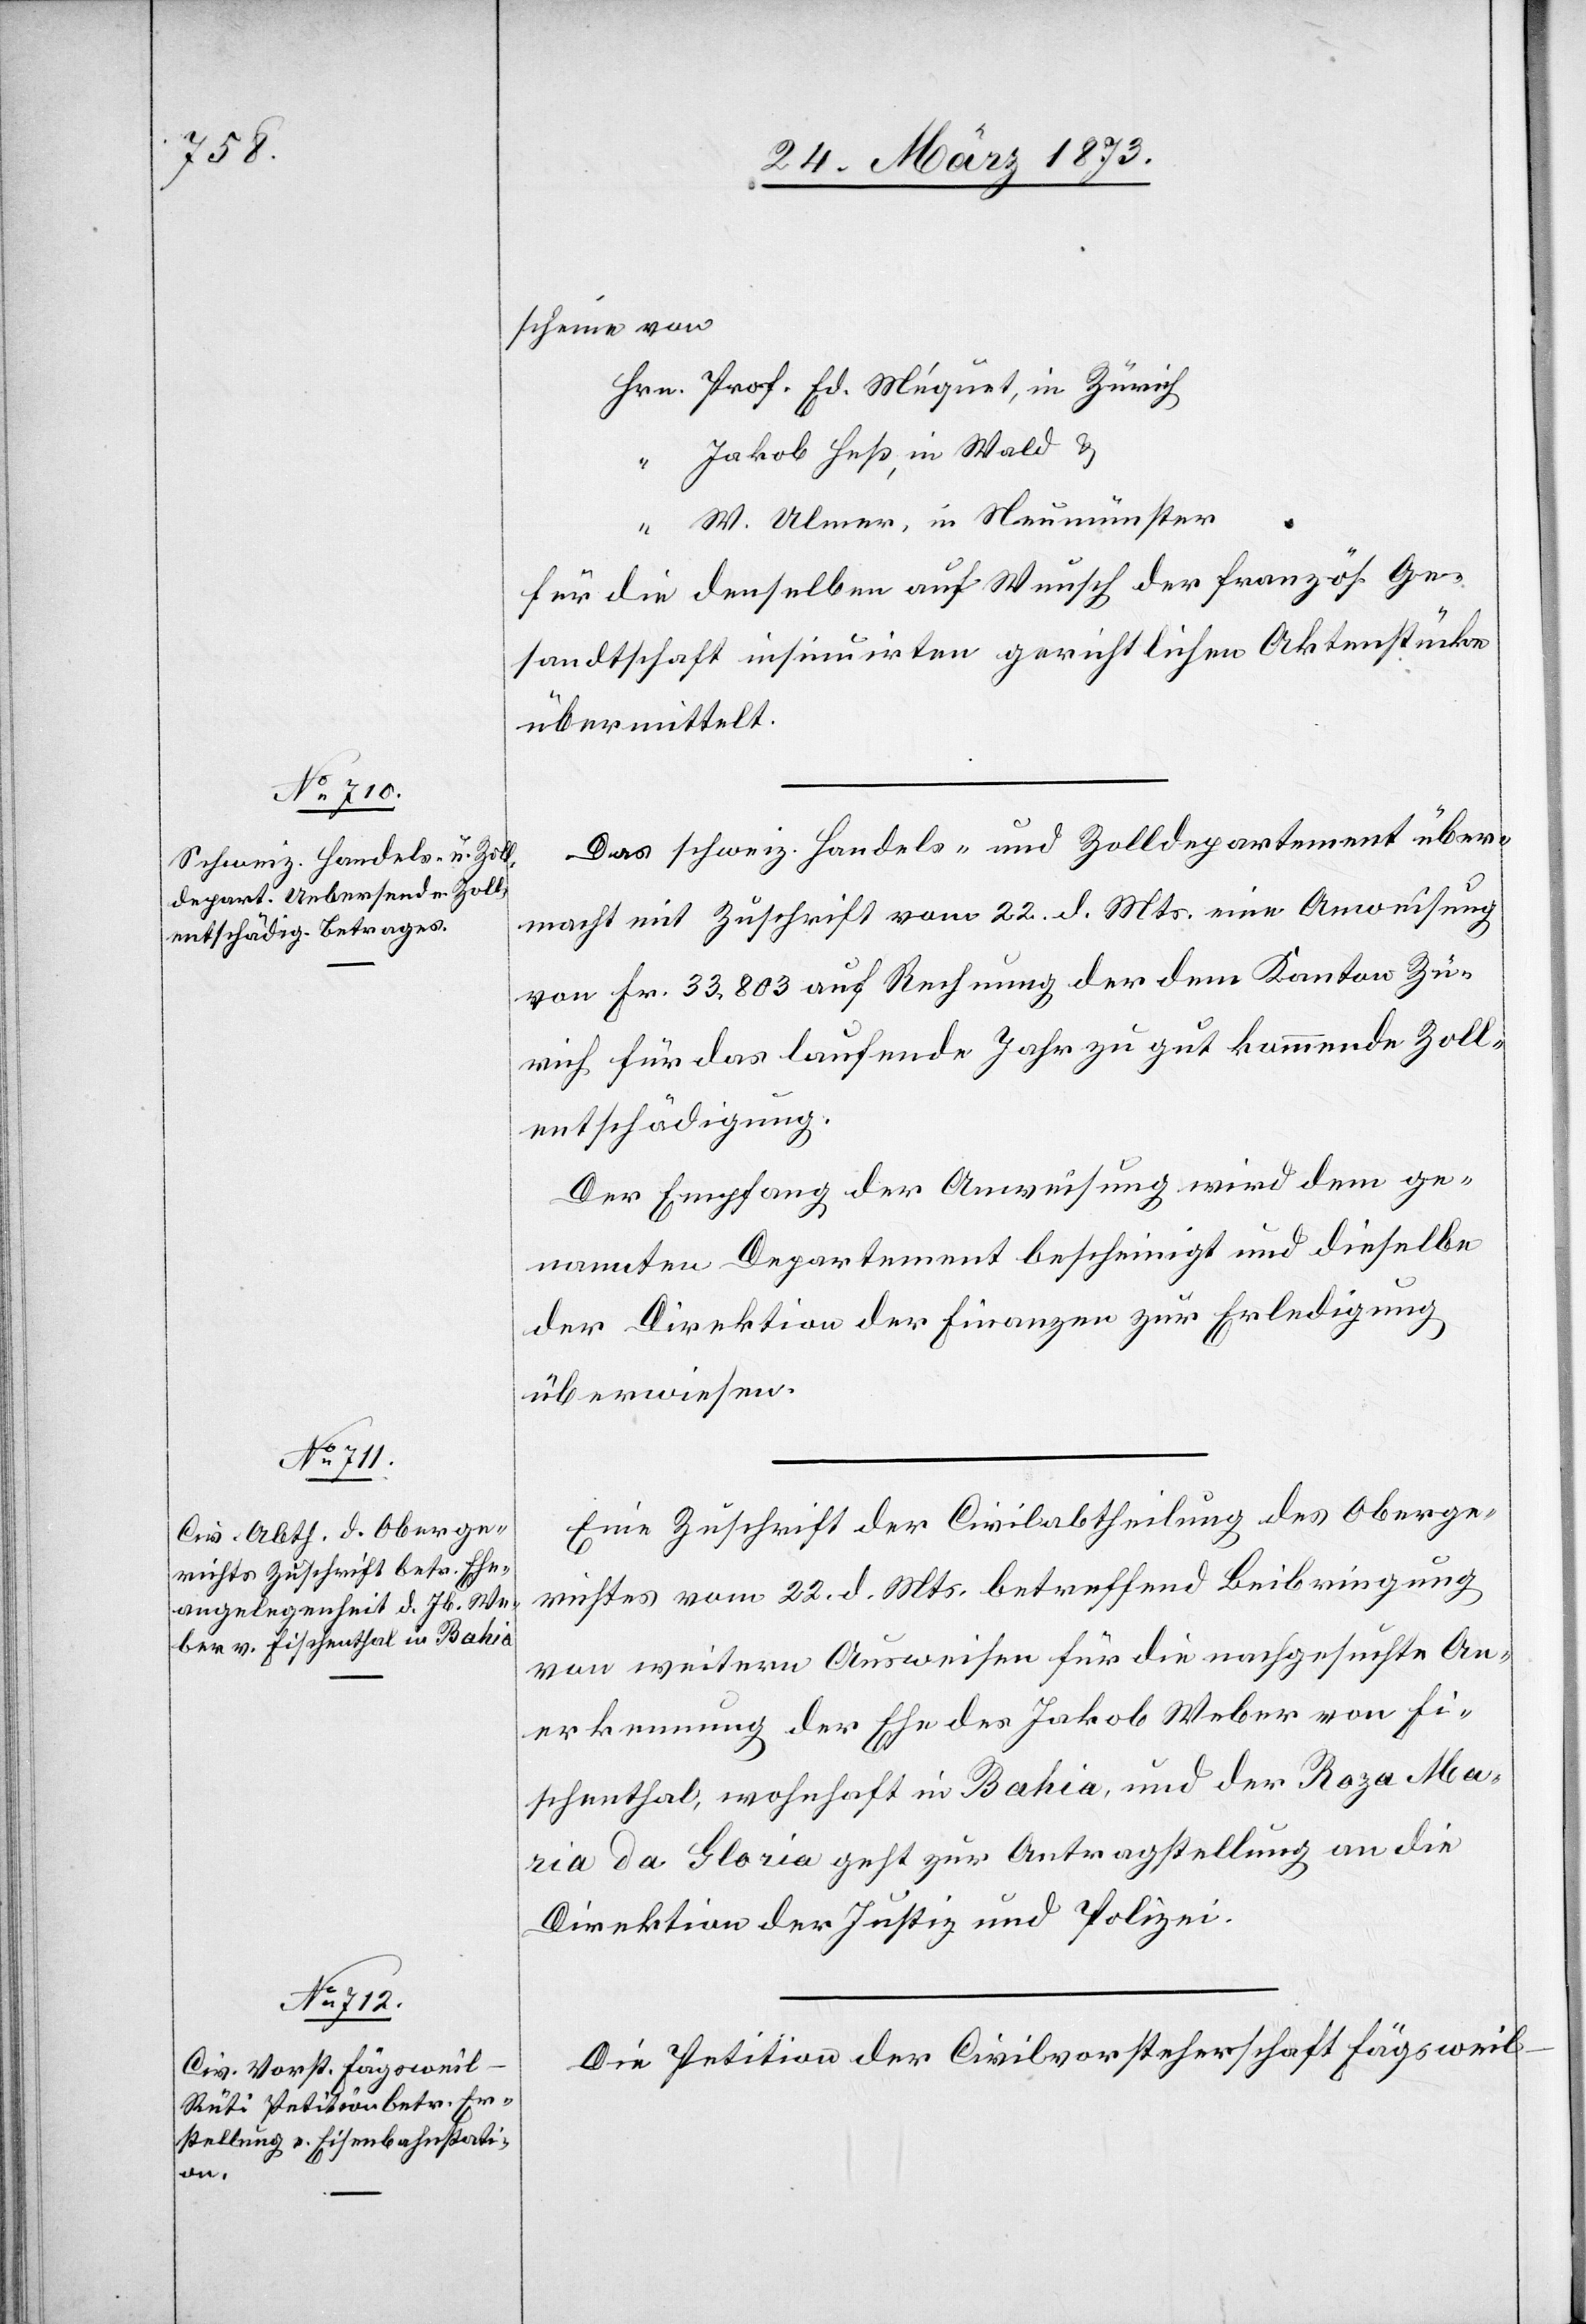
28. März 1873.]
scheine von
Hrn. Prof. Ed. Méquet, in Zürich
“ Jakob Heß, in Wald u.
“ W. Ulmer, in Neumünster
Für die denselben auf Wunsch der französ. Ge¬
sandtschaft insinuirten gerichtlichen Aktenstücke
übermittelt.
Das schweiz. Handels- und Zolldepartement über¬
macht mit Zuschrift vom 22. d. Mts. eine Anweisung
von Fr. 33,803 auf Rechnung der dem Kanton Zü¬
rich für das laufende Jahr zu gut kommende[n] Zoll¬
entschädigung.
Der Empfang der Anweisung wird dem ge¬
nannten Departement bescheinigt und dieselbe
der Direktion der Finanzen zur Erledigung
überwiesen.
Eine Zuschrift der Civilabtheilung des Oberge¬
richtes vom 22. d. Mts. betreffend Beibringung
von weitern Ausweisen für die nachgesuchte An¬
erkennung der Ehe des Jakob Weber von Fi¬
schenthal, wohnhaft in Bahia, und der Roza Mar¬
ia da Gloria geht zur Antragstellung an die
Direktion der Justiz und Polizei.
Die Petition der Civilvorsteherschaft Fägsweil-